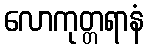
လောကုတ္တရာနံ